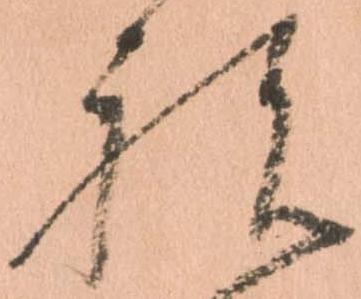
祝